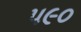
પ૯૦